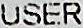
USER